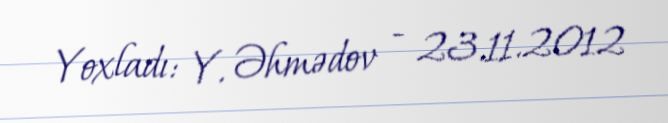
Yoxladı: Y. Əhmədov - 23.11.2012